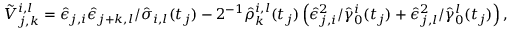
\begin{array} { r } { \tilde { V } _ { j , k } ^ { i , l } = \hat { \epsilon } _ { j , i } \hat { \epsilon } _ { j + k , l } / \hat { \sigma } _ { i , l } ( t _ { j } ) - 2 ^ { - 1 } \hat { \rho } _ { k } ^ { i , l } ( t _ { j } ) \left( \hat { \epsilon } _ { j , i } ^ { 2 } / \hat { \gamma } _ { 0 } ^ { i } ( t _ { j } ) + \hat { \epsilon } _ { j , l } ^ { 2 } / \hat { \gamma } _ { 0 } ^ { l } ( t _ { j } ) \right) , } \end{array}